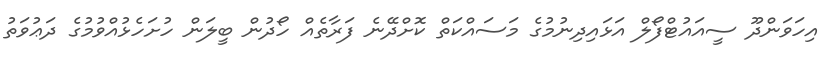
އިހަވަންދޫ ސީއައުޓްފޯލް އަޅައިދިނުމުގެ މަސައްކަތް ކޮށްދޭނެ ފަރާތެއް ހޯދުން ބީލަން ހުށަހެޅުއްވުމުގެ ދަޢުވަތު